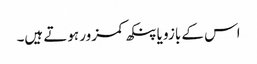
اس کے بازو یا پنکھ کمزور ہوتے ہیں۔